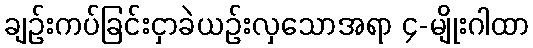
ချဉ်းကပ်ခြင်းငှာခဲယဉ်းလှသောအရာ ၄-မျိုးဂါထာ